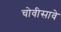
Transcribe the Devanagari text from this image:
चोवीसावे